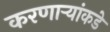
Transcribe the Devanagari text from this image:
करणाऱ्यांकडे